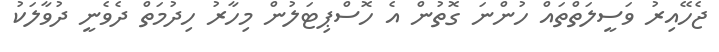
ޖެހޭއިރު ވަސީލަތްތައް ހުންނަ ގޮތުން އެ ހޮސްޕިޓަލުން މިހާރު ހިދުމަތް ދެވެނީ ދުވާލަކު